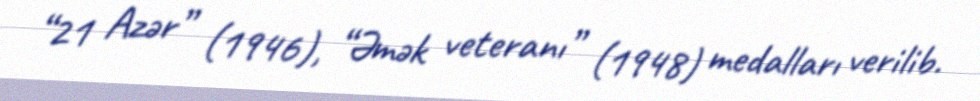
“21 Azər” (1946), “Əmək veteranı” (1948) medalları verilib.